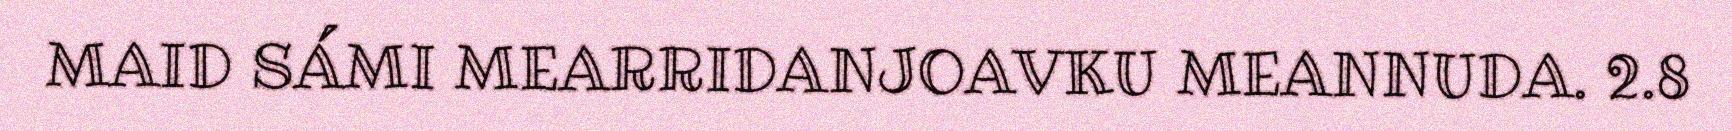
MAID SÁMI MEARRIDANJOAVKU MEANNUDA. 2.8